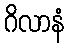
ဂိလာနံ